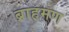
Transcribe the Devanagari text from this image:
ब्राह़मण